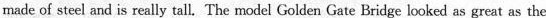
made of steel and is really tall. The model Golden Gate Bridge looked as great as the